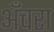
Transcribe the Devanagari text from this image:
अँचरा